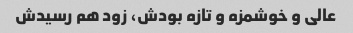
عالی و خوشمزه و تازه بودش، زود هم رسیدش